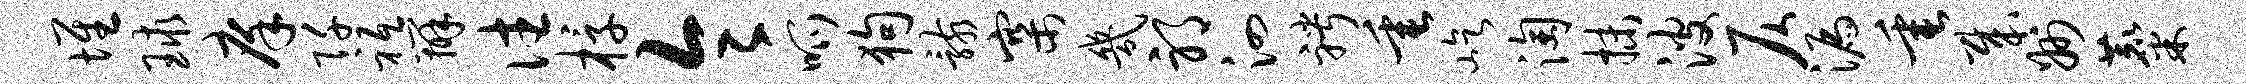
堆球庠阡祗辨往椁令呱狗骸寨几邪泗聘垂屹淘抹波仄漏垂哉州麋